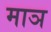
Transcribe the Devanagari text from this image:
माञ